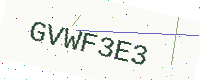
Text: GVWF3E3